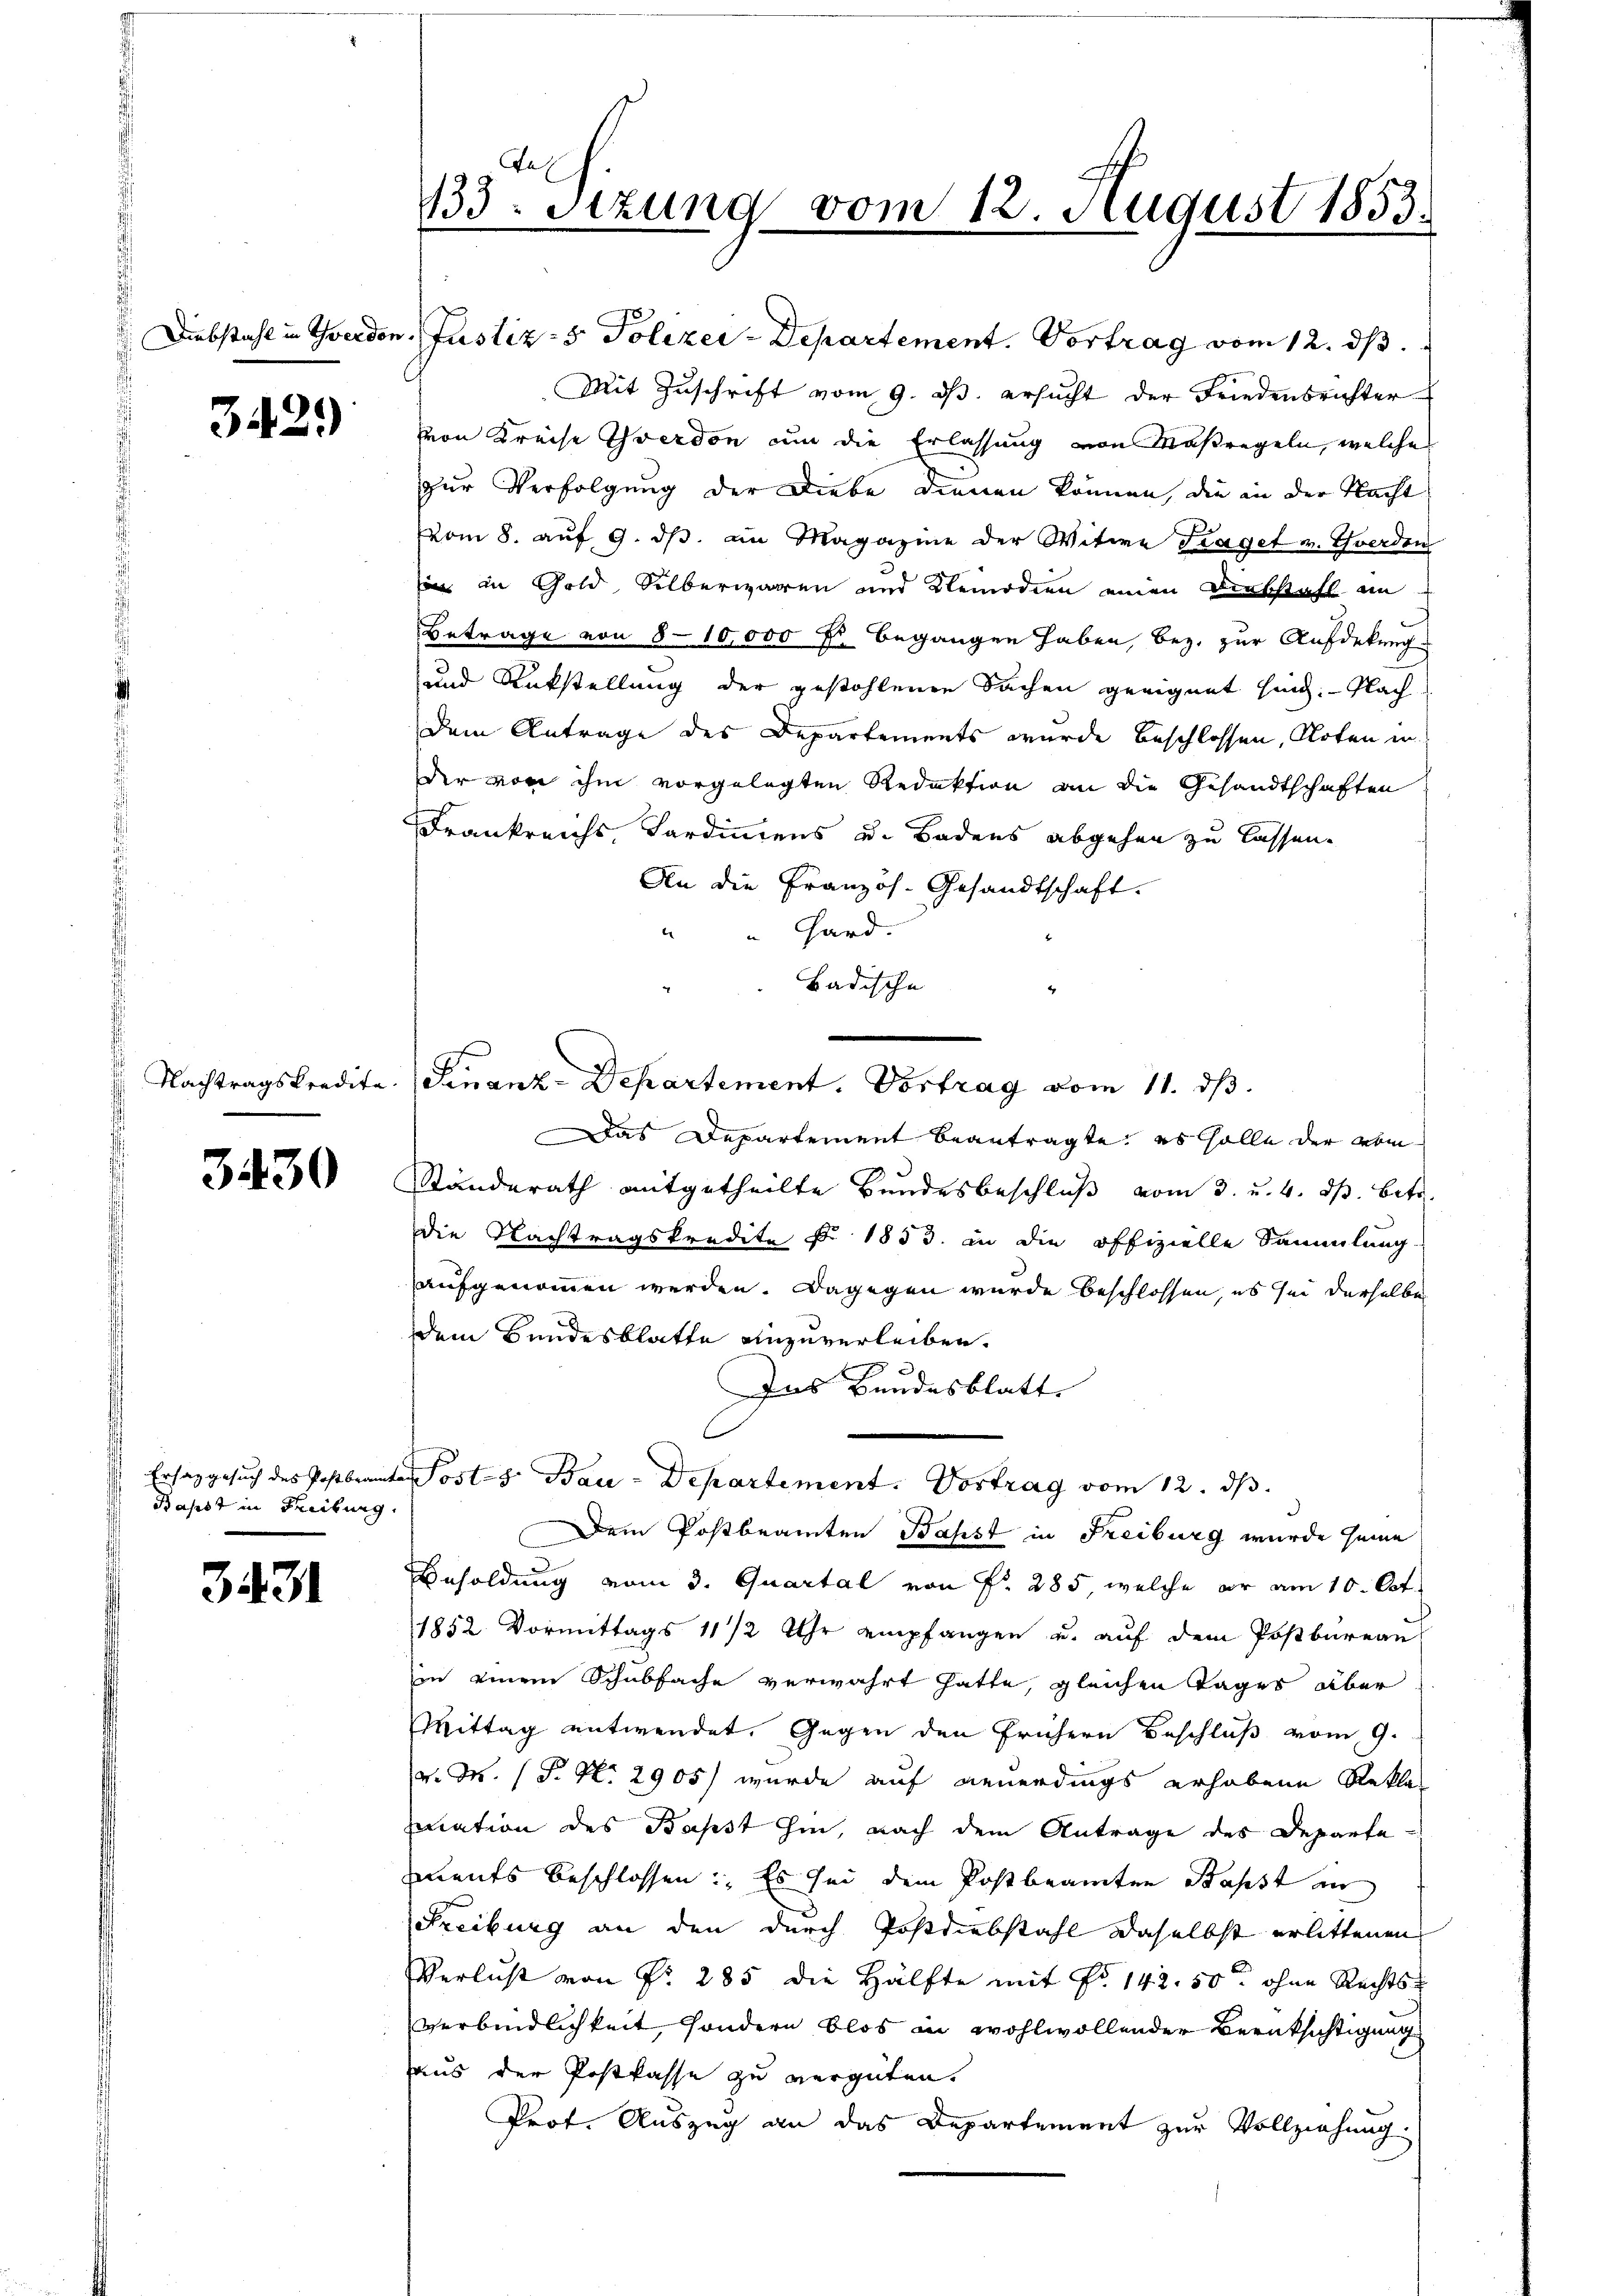
3429

3430

Ersatz gesuch des Postbrant
Kahst in Freibung.

3431

133. Sizung vom 12. August 1853.

Diebstahl in werden, Justiz- & Polizei-Departement. Vortrag vom 12. ds.
Mit Zuschrift vom 9. ds. ersucht der Friedensrichter
von Kreise verdon nun die Erlassung von Maßregeln, welche
zur Verfolgung der Liebe dienen können, die in der Nacht
vom 8. auf 9. dβ an Magazine der Witwe Fraget v. Yverden
in in Gold Silberwaren und Remodien einen Diebstaft im
Betrage von 8-10,000 Fr. begangen haben, bez. zur Aufdekung
und Rükstellung der gestohlenen Sachen geeignet sind. Nach
dem Antrage des Departements wurde beschlossen, Noten in
der von ihm vorgelegten Redaktion an die Gesandtschaften
Frankreichs, Kardinnens u. Badens abgehen zu lassen.
An die Französ. Gesandtschaft.
"Hard.
Badische
 Nachtragskredite. Finanz-Departement. Vortrag vom 11. ds.
Das Departement beantragte, es solle der vom
Ständerath mitgetheilte Bundesbeschluß vom 3. u. 4. ds. betr.
die Nachtragskredite p. 1833. in die offizielle Sammlung.
aufgenommen werden. Dagegen wurde beschlossen, es sei derselbe
dem Bundesblatte einzuverleiben.
Das Bundesblatt
t. Postes Bau-Departement. Vortrag vom 12. ds.
Dem Postbeamten Bapst in Freiburg wurde seine
Besoldung vom 3. Quartal von Fr. 285, welche er am 10. Oct.
1852 Vormittags 11/2 Uhr empfangen u. auf dem Postbureau
in einem Schubfache verwahrt hatte, gleichen Tages über
Mittag entwendet. Gegen den frühern Beschluß vom 9.
v. M. (T. No. 2905) wurde auf neuerdings erhobene Reklar
mation des Bapst hin, nach dem Antrage des Departements beschlossen: Es sei dem Postbeamten Stahst au
Freiburg an den durch Postdiebstahl daselbst erlittenen
Verlust von Nr. 285 die Hälfte mit Fr. 142. 50 ohne Rechts-
verbindlichkeit, sondern blos in wohlwollender Berüksichtigung
aus der Postkasse zu vergüten.
Prof. Auszug an das Departement zur Vollziehung.